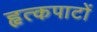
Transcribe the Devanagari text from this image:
हृत्कपाटों